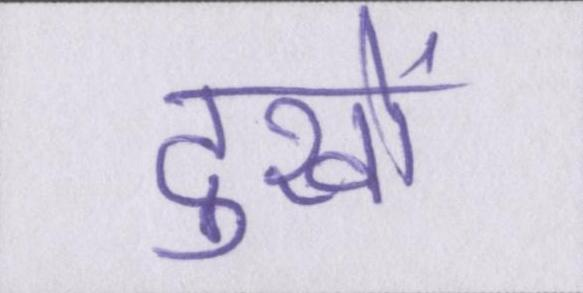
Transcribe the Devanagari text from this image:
दुखों